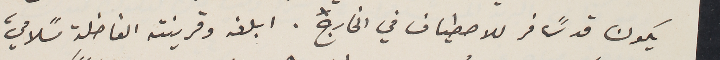
يكون قد سًافر للاصطياف في الخارج. ابلغه وقرينته الفاضلة سًلامي،